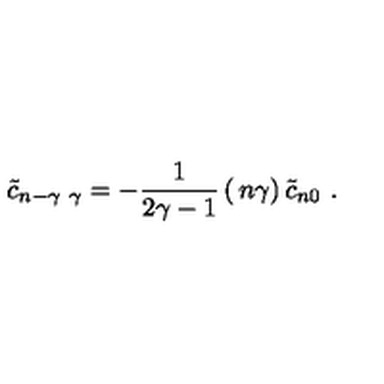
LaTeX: { \tilde { c } } _ { n - \gamma \ \gamma } = - { \frac { 1 } { 2 \gamma - 1 } } \left( \begin{matrix} { n } \\ { \gamma } \\ \end{matrix} \right) { \tilde { c } } _ { n 0 } \ .